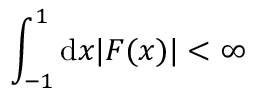
\int _ { - 1 } ^ { 1 } \mathrm { d } x | F ( x ) | < \infty